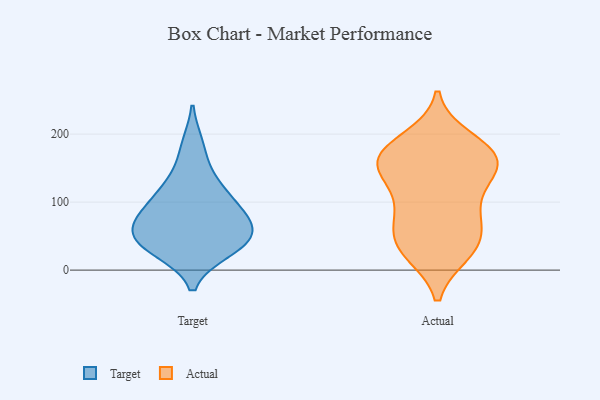
{"axis": {"x": "Revenue (USD Million)", "y": "Value"}, "legend": ["Actual", "Target"], "data": [{"x": "", "y": 99, "type": "Target"}, {"x": "", "y": 41, "type": "Target"}, {"x": "", "y": 29, "type": "Target"}, {"x": "", "y": 49, "type": "Target"}, {"x": "", "y": 59, "type": "Target"}, {"x": "", "y": 136, "type": "Target"}, {"x": "", "y": 31, "type": "Target"}, {"x": "", "y": 58, "type": "Target"}, {"x": "", "y": 114, "type": "Target"}, {"x": "", "y": 83, "type": "Target"}, {"x": "", "y": 183, "type": "Target"}, {"x": "", "y": 79, "type": "Target"}, {"x": "", "y": 26, "type": "Actual"}, {"x": "", "y": 94, "type": "Actual"}, {"x": "", "y": 173, "type": "Actual"}, {"x": "", "y": 137, "type": "Actual"}, {"x": "", "y": 175, "type": "Actual"}, {"x": "", "y": 159, "type": "Actual"}, {"x": "", "y": 30, "type": "Actual"}, {"x": "", "y": 97, "type": "Actual"}, {"x": "", "y": 173, "type": "Actual"}, {"x": "", "y": 75, "type": "Actual"}, {"x": "", "y": 143, "type": "Actual"}, {"x": "", "y": 158, "type": "Actual"}, {"x": "", "y": 152, "type": "Actual"}, {"x": "", "y": 61, "type": "Actual"}, {"x": "", "y": 44, "type": "Actual"}, {"x": "", "y": 31, "type": "Actual"}, {"x": "", "y": 192, "type": "Actual"}]}